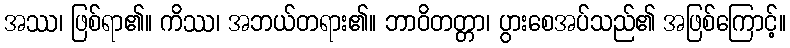
အဿ၊ ဖြစ်ရာ၏။ ကိဿ၊ အဘယ်တရား၏။ ဘာဝိတတ္တာ၊ ပွားစေအပ်သည်၏ အဖြစ်ကြောင့်။